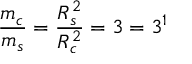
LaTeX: \frac { m _ { c } } { m _ { s } } = \frac { R _ { s } ^ { 2 } } { R _ { c } ^ { 2 } } = 3 = 3 ^ { 1 }